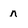
Character: n